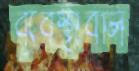
ব্যবস্থাবলি